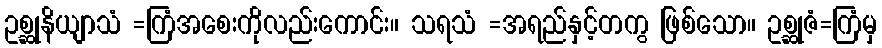
ဥစ္ဆုနိယျာသံ =ကြံအစေးကိုလည်းကောင်း။ သရသံ =အရည်နှင့်တကွ ဖြစ်သော။ ဥစ္ဆုဇံ=ကြံမှ